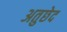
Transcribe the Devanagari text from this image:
अतुछेद